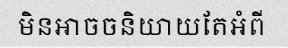
មិនអាចចនិយាយតែអំពី